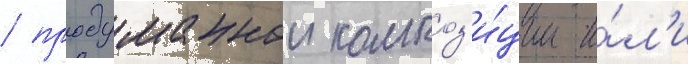
/ продуманнои композ'и́ции и́л'и